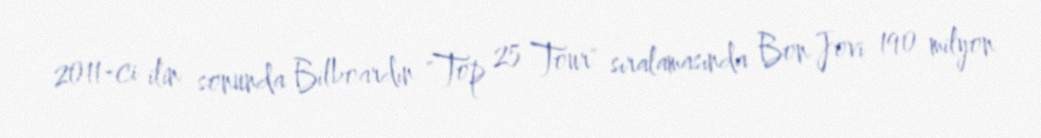
2011-ci ilin sonunda Bilboardın "Top 25 Tour" sıralamasında Bon Jovi 190 milyon